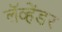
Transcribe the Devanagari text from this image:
लॅव्हेंडर